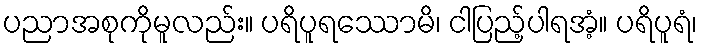
ပညာအစုကိုမူလည်း။ ပရိပူရဿောမိ၊ ငါပြည့်ပါရအံ့။ ပရိပူရံ၊